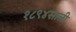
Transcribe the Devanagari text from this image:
१८९४साली